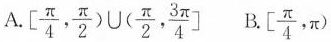
A. $$\left [ \frac { π } { 4 } , \frac { π } { 2 } ) \cup ( \frac { π } { 2 } , \frac { 3 π } { 4 } \right ]$$ B. $$\left [ \frac { π } { 4 } , π \right )$$